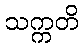
သက္ကတိ